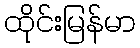
ထိုင်းမြန်မာ